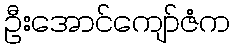
ဦးအောင်ကျော်ဇံက